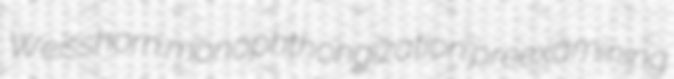
Weisshorn monophthongization preexamining